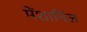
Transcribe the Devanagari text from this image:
मेंशामिल